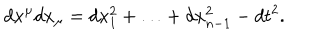
LaTeX: d x ^ { \mu } d x _ { \mu } = d x _ { 1 } ^ { 2 } + \ldots + d x _ { n - 1 } ^ { 2 } - d t ^ { 2 } .